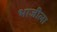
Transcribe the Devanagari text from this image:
भाजीला